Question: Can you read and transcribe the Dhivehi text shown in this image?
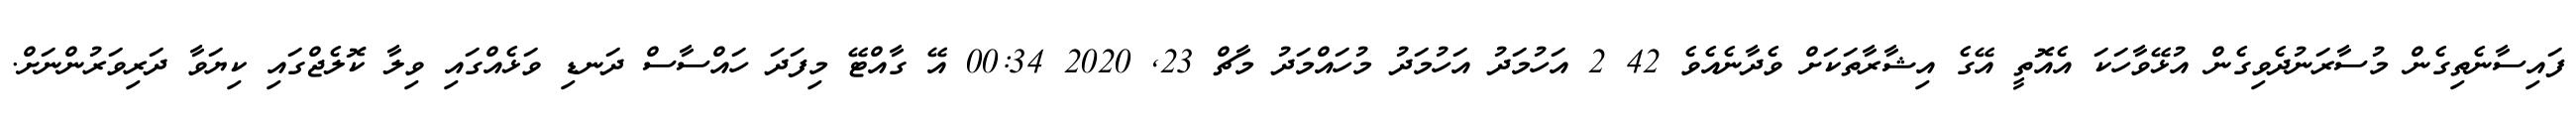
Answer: ފައިސާނެތިގެން މުސާރަނުދެވިގެން އުޅޭވާހަކަ އެއޮތީ އޭގެ އިޝާރާތަކަށް ވެދާނެއެވެ 42 2 އަހުމަދު އަހުމަދު މުހައްމަދު މާޗް 23, 2020 00:34 އޭ ގާއްޓޭ މިފަދަ ހައްސާސް ދަނޑި ވަޅެއްގައި ވިލާ ކޮލެޖްގައި ކިޔަވާ ދަރިވަރުންނަށް.